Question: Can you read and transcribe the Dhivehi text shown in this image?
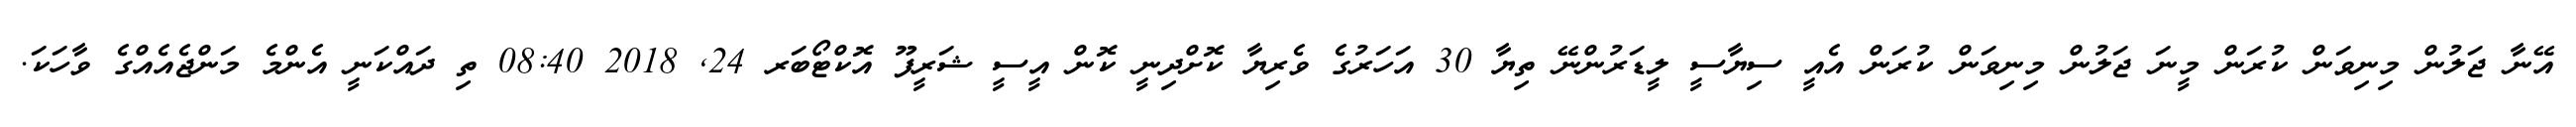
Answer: އޭނާ ޖަލުން މިނިވަން ކުރަން މީނަ ޖަލުން މިނިވަން ކުރަން އެއީ ސިޔާސީ ލީޑަރުންނޭ ތިޔާ 30 އަހަރުގެ ވެރިޔާ ކޮށްދިނީ ކޮން އީސީ ޝަރީފޫ އޮކްޓޯބަރ 24, 2018 08:40 ތި ދައްކަނީ އެންމެ މަންޖެއެއްގެ ވާހަކަ.